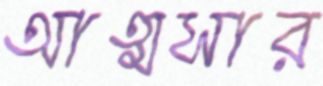
আত্মসার